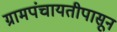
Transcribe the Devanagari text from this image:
ग्रामपंचायतीपासून